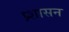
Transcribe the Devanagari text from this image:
प्र्शासन